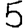
Digit: 5